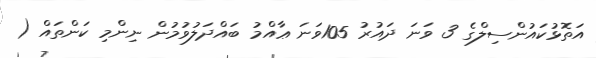
އަތޮޅުކައުންސިލްގެ 3 ވަނަ ދައުރު 105ވަނަ ޢާއްމު ބައްދަލުވުމުން ނިންމި ކަންތައް (